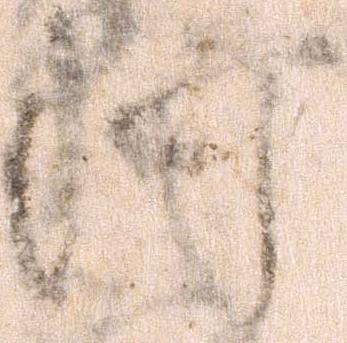
河